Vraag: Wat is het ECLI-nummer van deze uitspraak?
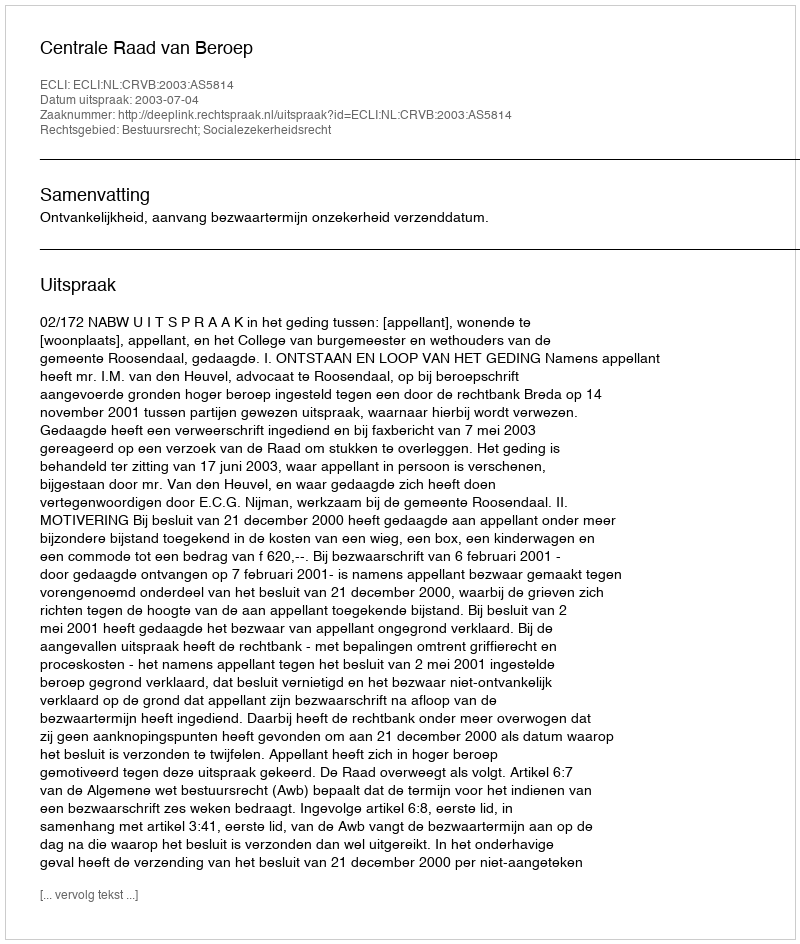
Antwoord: ECLI:NL:CRVB:2003:AS5814